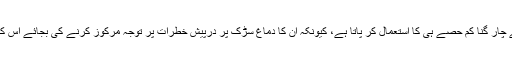
‘ پوچھے جانے سے ڈرائیور عام حالات کی نسبت اپنے دماغ کے چار گنا کم حصے ہی کا استعمال کر پاتا ہے، کیونکہ ان کا دماغ سڑک پر درپیش خطرات پر توجہ مرکوز کرنے کی بجائے اس کمرے کا تصور کرنے لگتا ہے جہاں انھوں نے فائل چھوڑی تھی۔